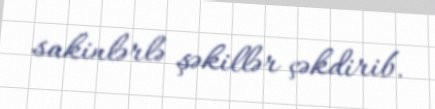
sakinlərlə şəkillər çəkdirib.